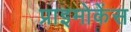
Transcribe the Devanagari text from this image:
प्राइमोकेंस